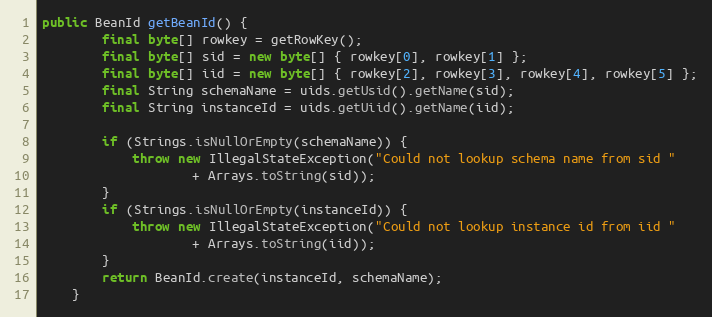
Language: Java
public BeanId getBeanId() {
        final byte[] rowkey = getRowKey();
        final byte[] sid = new byte[] { rowkey[0], rowkey[1] };
        final byte[] iid = new byte[] { rowkey[2], rowkey[3], rowkey[4], rowkey[5] };
        final String schemaName = uids.getUsid().getName(sid);
        final String instanceId = uids.getUiid().getName(iid);

        if (Strings.isNullOrEmpty(schemaName)) {
            throw new IllegalStateException("Could not lookup schema name from sid "
                    + Arrays.toString(sid));
        }
        if (Strings.isNullOrEmpty(instanceId)) {
            throw new IllegalStateException("Could not lookup instance id from iid "
                    + Arrays.toString(iid));
        }
        return BeanId.create(instanceId, schemaName);
    }